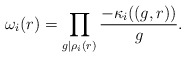
\begin{align*}\omega_i(r)=\prod\limits_{g\mid \rho_i(r)}\frac{-\kappa_i((g,r))}{g}.\end{align*}